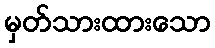
မှတ်သားထားသော